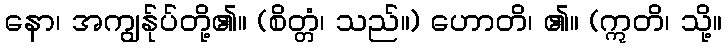
နော၊ အကျွန်ုပ်တို့၏။ (စိတ္တံ၊ သည်။) ဟောတိ၊ ၏။ (ဣတိ၊ သို့။